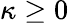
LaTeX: \kappa\geq 0